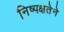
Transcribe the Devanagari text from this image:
निष्पक्षतेने